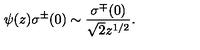
\psi ( z ) \sigma ^ { \pm } ( 0 ) \sim \frac { \sigma ^ { \mp } ( 0 ) } { \sqrt { 2 } z ^ { 1 / 2 } } .